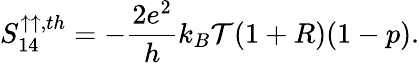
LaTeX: {S_{14}^{\uparrow\uparrow,th}}=-\frac{2e^{2}}{h}k_{B}\mathcal{T}(1+R)(1-p).